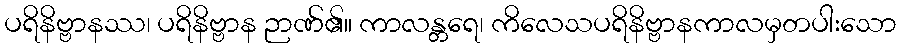
ပရိနိဗ္ဗာနဿ၊ ပရိနိဗ္ဗာန ဉာဏ်၏။ ကာလန္တရေ၊ ကိလေသပရိနိဗ္ဗာနကာလမှတပါးသော